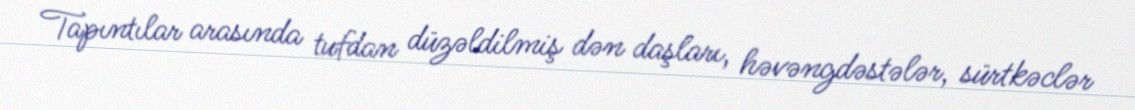
Tapıntılar arasında tufdan düzəldilmiş dən daşları, həvəngdəstələr, sürtkəclər